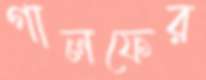
গালফের